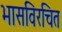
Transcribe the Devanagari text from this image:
भासविरचित